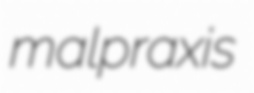
malpraxis